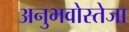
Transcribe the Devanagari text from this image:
अनुभवोस्तेजा